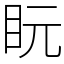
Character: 盶